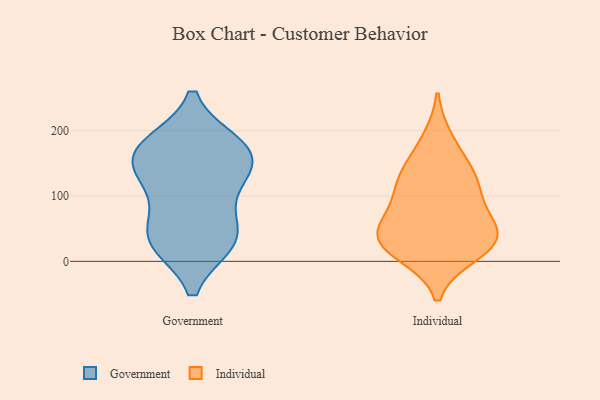
{"axis": {"x": "Waste Production (Tons)", "y": "Value"}, "legend": ["Government", "Individual"], "data": [{"x": "", "y": 33, "type": "Government"}, {"x": "", "y": 170, "type": "Government"}, {"x": "", "y": 141, "type": "Government"}, {"x": "", "y": 130, "type": "Government"}, {"x": "", "y": 160, "type": "Government"}, {"x": "", "y": 30, "type": "Government"}, {"x": "", "y": 30, "type": "Government"}, {"x": "", "y": 100, "type": "Government"}, {"x": "", "y": 178, "type": "Government"}, {"x": "", "y": 48, "type": "Government"}, {"x": "", "y": 175, "type": "Government"}, {"x": "", "y": 143, "type": "Individual"}, {"x": "", "y": 185, "type": "Individual"}, {"x": "", "y": 113, "type": "Individual"}, {"x": "", "y": 66, "type": "Individual"}, {"x": "", "y": 18, "type": "Individual"}, {"x": "", "y": 12, "type": "Individual"}, {"x": "", "y": 50, "type": "Individual"}, {"x": "", "y": 103, "type": "Individual"}, {"x": "", "y": 36, "type": "Individual"}, {"x": "", "y": 128, "type": "Individual"}, {"x": "", "y": 39, "type": "Individual"}, {"x": "", "y": 34, "type": "Individual"}]}